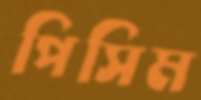
পিসিম